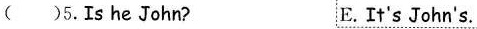
( )5.Is he John? E.It's John's.